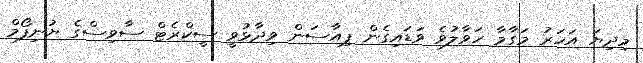
މިދިޔަ އަހަރު މަގާމާ ހަވާލުވެ ވަޑައިގެން ޕިއާސަން ވިދާޅުވީ ސީކްރެޓް ސާވިސްގެ ޔުނިފޯމް